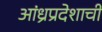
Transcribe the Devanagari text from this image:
आंध्रप्रदेशाची